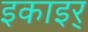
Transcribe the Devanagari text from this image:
इकाइर्